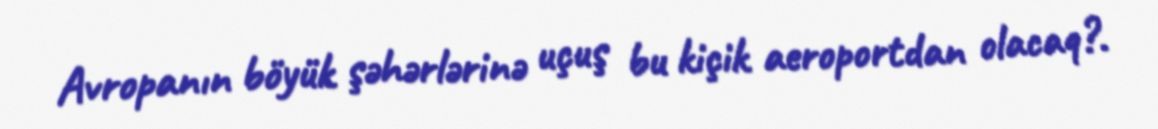
Avropanın böyük şəhərlərinə uçuş bu kiçik aeroportdan olacaq?.